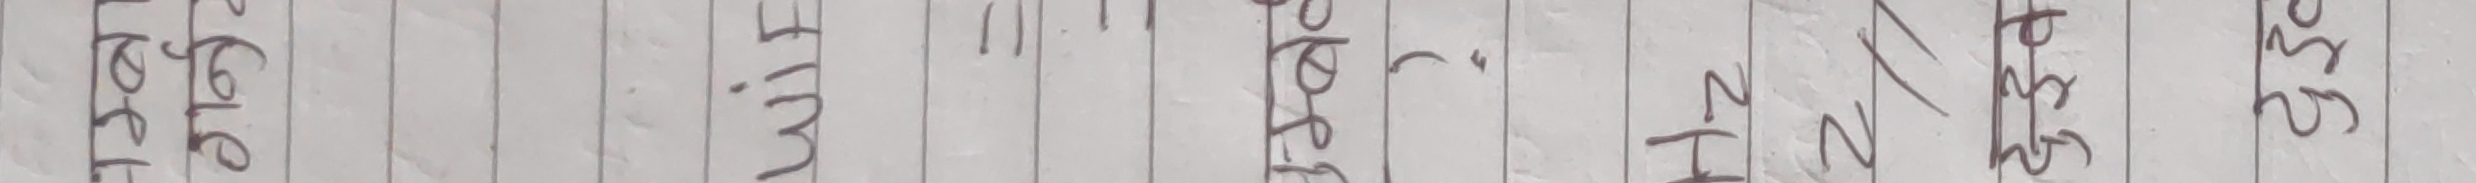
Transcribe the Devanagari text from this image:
ठूलो मीट ११ स्पर्श एन २N २N २५५ २६५